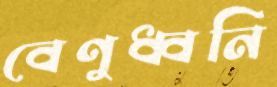
বেণুধ্বনি